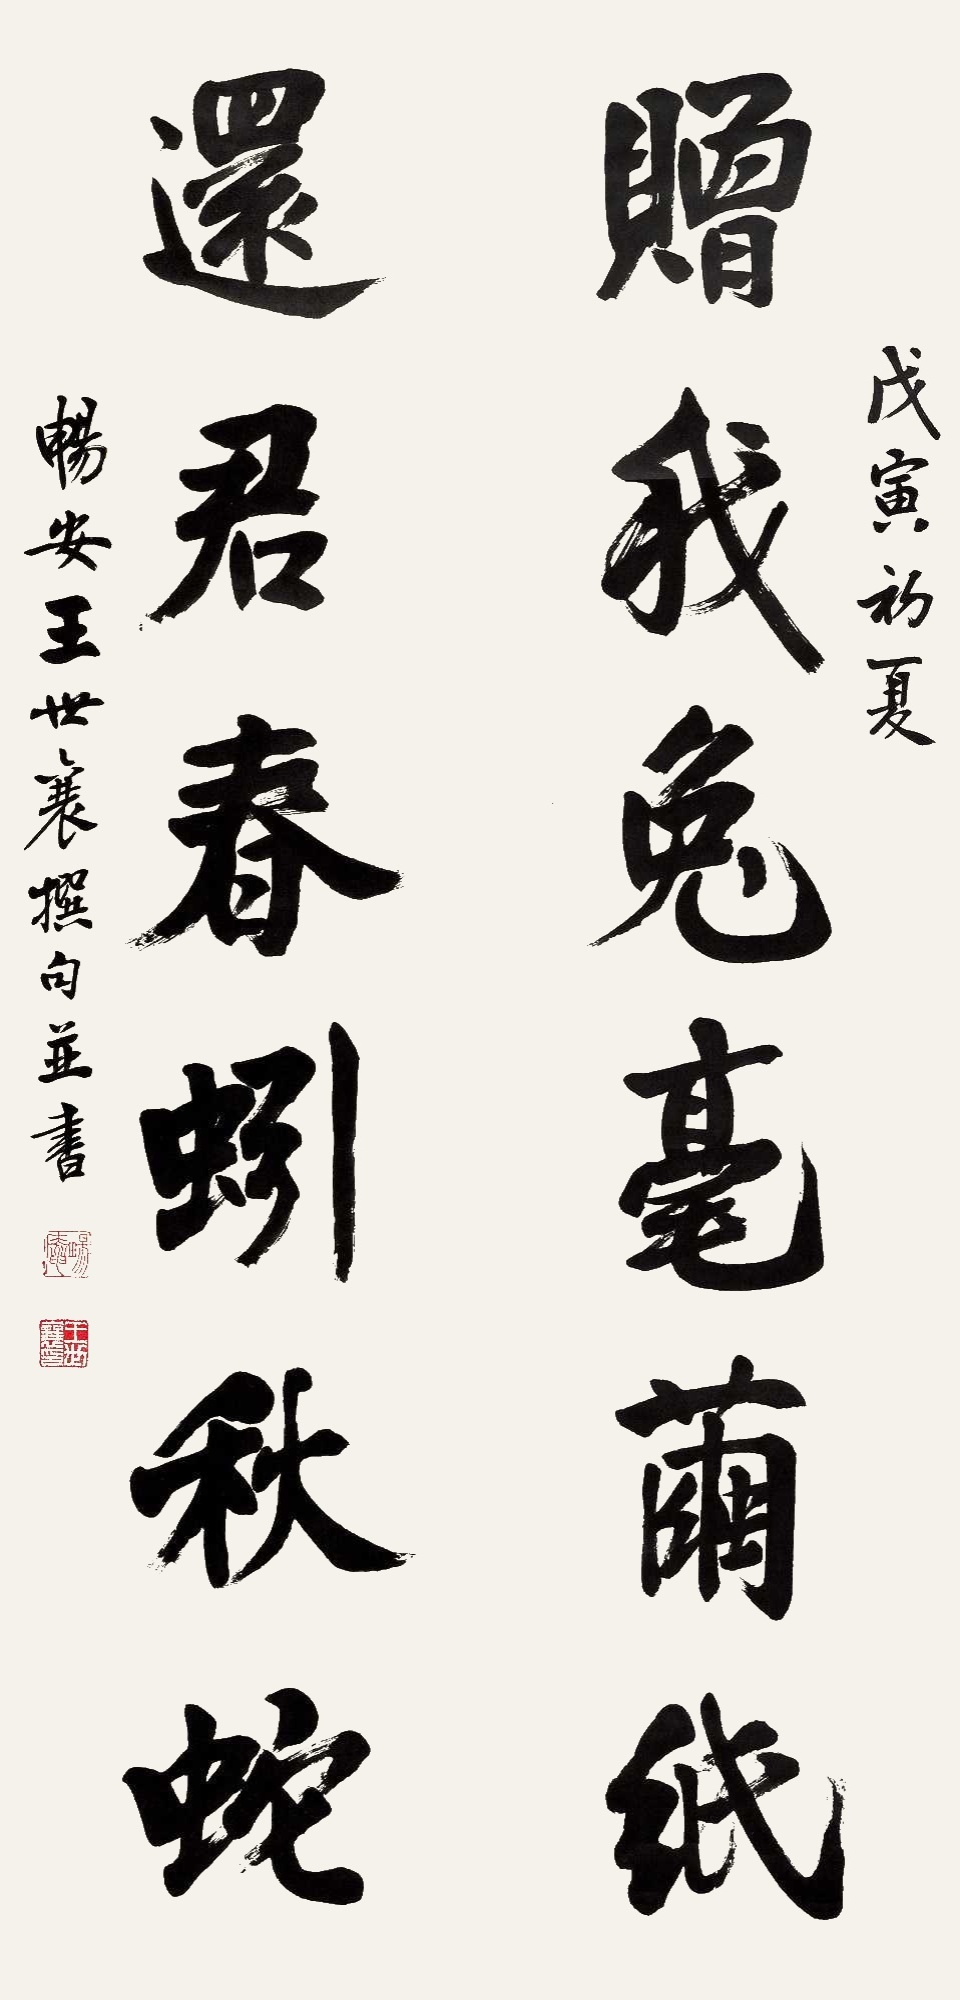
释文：赠我兔毫兰纸，还君春蚓秋蛇。畅安王世襄撰句并书。畅安。王世襄印。